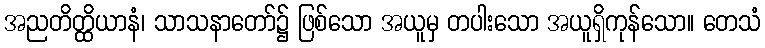
အညတိတ္ထိယာနံ၊ သာသနာတော်၌ ဖြစ်သော အယူမှ တပါးသော အယူရှိကုန်သော။ တေသံ